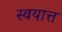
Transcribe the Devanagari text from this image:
स्वयात्त